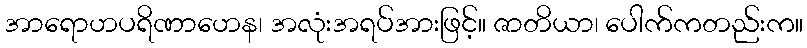
အာရောဟပရိဏာဟေန၊ အလုံးအရပ်အားဖြင့်။ ဇာတိယာ၊ ပေါက်ကတည်းက။